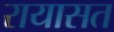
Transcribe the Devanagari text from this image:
रायासत